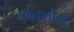
અવનીની